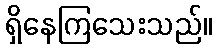
ရှိနေကြသေးသည်။